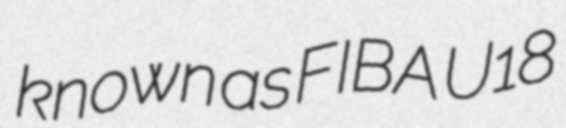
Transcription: known as FIBA U18